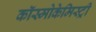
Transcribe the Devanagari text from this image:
कॉस्मोकेमिस्ट्री